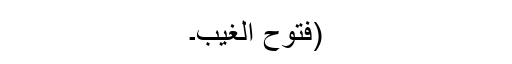
(فتوح الغیب۔